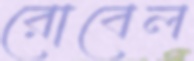
রোবেল